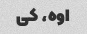
اوه، کی